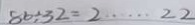
8 6 \div 3 2 = 2 \cdots 2 2